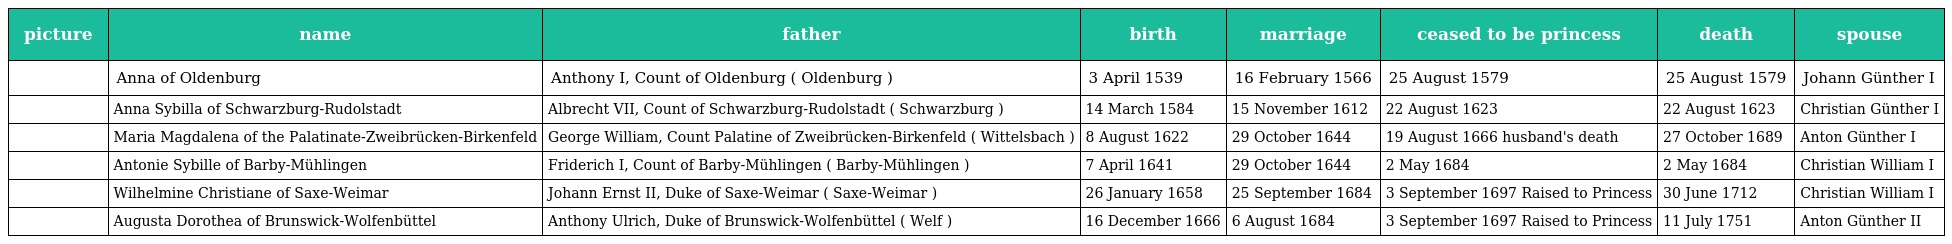
| picture | name | father | birth | marriage | ceased to be princess | death | spouse |
 | --- | --- | --- | --- | --- | --- | --- | --- |
 |  | Anna of Oldenburg | Anthony I, Count of Oldenburg ( Oldenburg ) | 3 April 1539 | 16 February 1566 | 25 August 1579 | 25 August 1579 | Johann Günther I |
 |  | Anna Sybilla of Schwarzburg-Rudolstadt | Albrecht VII, Count of Schwarzburg-Rudolstadt ( Schwarzburg ) | 14 March 1584 | 15 November 1612 | 22 August 1623 | 22 August 1623 | Christian Günther I |
 |  | Maria Magdalena of the Palatinate-Zweibrücken-Birkenfeld | George William, Count Palatine of Zweibrücken-Birkenfeld ( Wittelsbach ) | 8 August 1622 | 29 October 1644 | 19 August 1666 husband's death | 27 October 1689 | Anton Günther I |
 |  | Antonie Sybille of Barby-Mühlingen | Friderich I, Count of Barby-Mühlingen ( Barby-Mühlingen ) | 7 April 1641 | 29 October 1644 | 2 May 1684 | 2 May 1684 | Christian William I |
 |  | Wilhelmine Christiane of Saxe-Weimar | Johann Ernst II, Duke of Saxe-Weimar ( Saxe-Weimar ) | 26 January 1658 | 25 September 1684 | 3 September 1697 Raised to Princess | 30 June 1712 | Christian William I |
 |  | Augusta Dorothea of Brunswick-Wolfenbüttel | Anthony Ulrich, Duke of Brunswick-Wolfenbüttel ( Welf ) | 16 December 1666 | 6 August 1684 | 3 September 1697 Raised to Princess | 11 July 1751 | Anton Günther II |